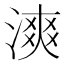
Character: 漺